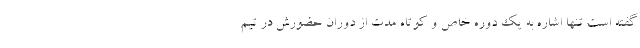
گفته است تنها اشاره به یک دوره خاص و کوتاه مدت از دوران حضورش در تیم